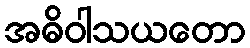
အဓိဝါသယတော